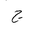
Letter: _gim